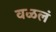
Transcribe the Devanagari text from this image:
वळलं